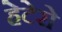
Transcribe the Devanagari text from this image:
हेटेरो